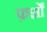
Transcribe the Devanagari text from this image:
फ़र्शों